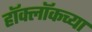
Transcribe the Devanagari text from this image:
हॉक्लॉकच्या